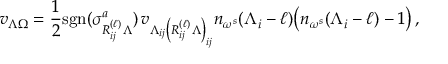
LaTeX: v _ { \Lambda \Omega } = \frac { 1 } { 2 } \mathrm { { s g n } } ( \sigma _ { R _ { i j } ^ { ( \ell ) } \Lambda } ^ { a } ) \, v _ { \Lambda _ { i j } \left( R _ { i j } ^ { ( \ell ) } \Lambda \right) _ { i j } } n _ { \omega ^ { s } } ( \Lambda _ { i } - \ell ) \bigl ( n _ { \omega ^ { s } } ( \Lambda _ { i } - \ell ) - 1 \bigr ) \, ,